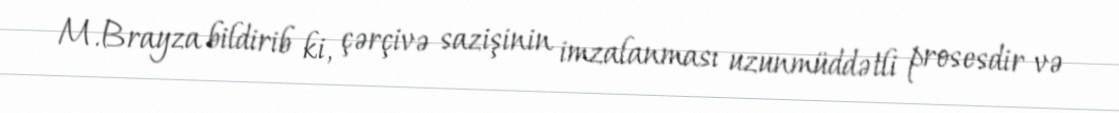
M.Brayza bildirib ki, çərçivə sazişinin imzalanması uzunmüddətli prosesdir və